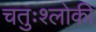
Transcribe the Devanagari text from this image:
चतुःश्लोकी